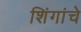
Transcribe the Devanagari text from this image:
शिंगांचे